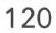
120